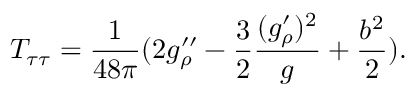
T _ { \tau \tau } = { \frac { 1 } { 4 8 \pi } } ( 2 g _ { \rho } ^ { \prime \prime } - { \frac { 3 } { 2 } } { \frac { ( g _ { \rho } ^ { \prime } ) ^ { 2 } } { g } } + { \frac { b ^ { 2 } } { 2 } } ) .